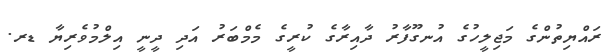
ރައްޔިތުންގެ މަޖިލީހުގެ އުނގޫފާރު ދާއިރާގެ ކުރީގެ މެމްބަރު އަދި ދީީނީ އިލްމުވެރިޔާ ޑރ.